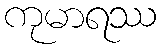
ကုမာရဿ